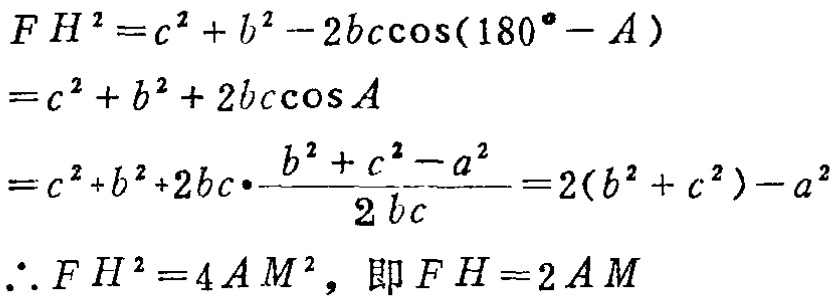
\[
\begin{align*}
FH^{2}&=c^{2}+b^{2}-2bc\cos(180^{\circ}-A)\\
&=c^{2}+b^{2}+2bc\cos A\\
&=c^{2}+b^{2}+2bc\cdot\frac{b^{2}+c^{2}-a^{2}}{2bc}=2(b^{2}+c^{2})-a^{2}\\
\therefore FH^{2}&=4AM^{2},\text{ 即 }FH = 2AM
\end{align*}
\]